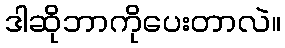
ဒါဆိုဘာကိုပေးတာလဲ။